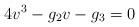
\begin{align*}4v^3-g_2 v-g_3=0\end{align*}